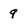
Character: 9